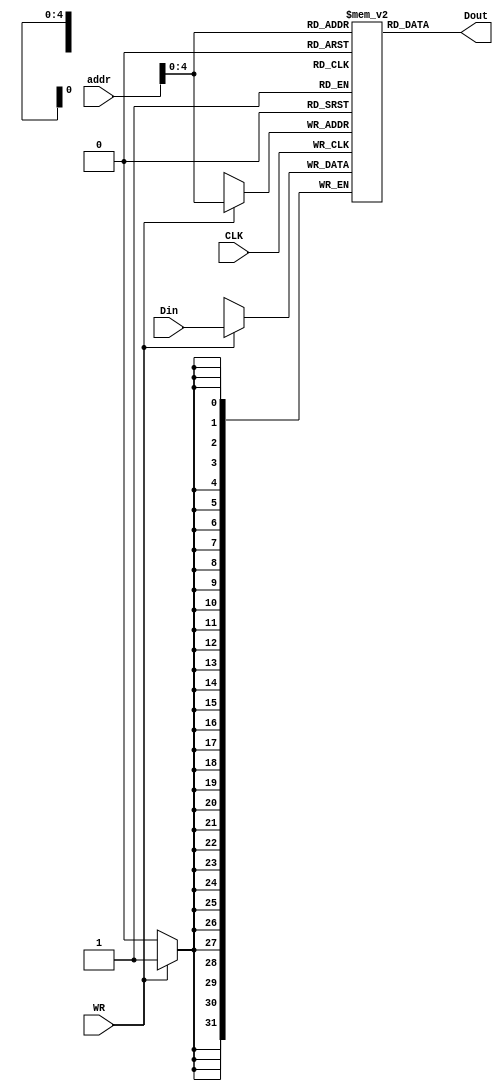
module DM_RAM #(parameter AWL=32, DWL =32)(
    input CLK,WR,
    input [AWL-1:0] addr ,
    input [DWL-1:0] Din,
    output [DWL-1:0] Dout
    );
    
//    reg [DWL-1:0] memory [2**(AWL-1)-1:0]; 
 reg [DWL-1:0] memory [AWL-1:0];    //32 by 32  could easily over flow since address allows up 2**31 locations

    
    initial begin 
//   $readmemb("C:/Users/Jackie/Documents/FPGA_Projects/Test_Pro_componets/test",memory);


  memory[15]= 17;
  memory[16]= 31;
  memory[17]= -5;
  memory[18]= -2;
  memory[19]= 250;
  
  
   end
   
   
    always @(posedge CLK) begin
    if (WR) begin
    memory [addr] <= Din;
    end
      
    end
    assign Dout = memory[addr];  // may need to add Read enable
    
endmodule